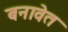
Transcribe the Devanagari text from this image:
बनावेत